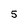
Character: 5